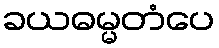
ခယဓမ္မတံပေ